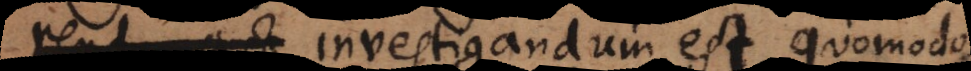
dum investigandum est quomodo